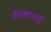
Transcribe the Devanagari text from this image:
झाकणारा